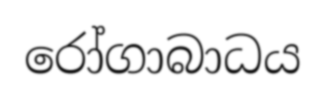
රෝගාබාධය